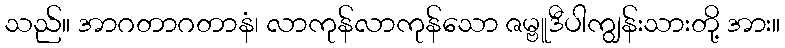
သည်။ အာဂတာဂတာနံ၊ လာကုန်လာကုန်သော ဇမ္ဗူဒီပါကျွန်းသားတို့ အား။